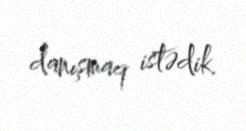
danışmaq istədik.